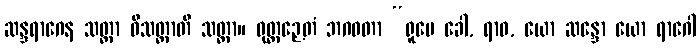
ဆန္ဒရာဂေန သတ္တာ ဝိသတ္တာတိ သတ္တာ။ ဝုတ္တဉှေတံ ဘဂဝတာ “ရူပေ ခေါ, ရာဓ, ယော ဆန္ဒော ယော ရာဂေါ